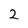
Character: 2